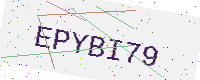
Text: EPYBI79